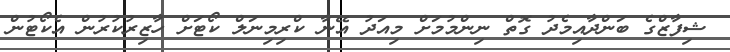
ޝިފާޒްގެ ބަންދާއިމެދު ގޮތް ނިންމުމަށް މިއަދު އޭނާ ކްރިމިނަލް ކޯޓަށް ހާޒިރުކުރުން އެކޯޓުން